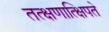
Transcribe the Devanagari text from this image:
तत्क्षणात्क्षिपते